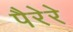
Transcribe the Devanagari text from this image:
पैरेरे